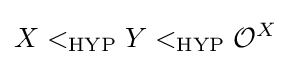
X<_{\text{HYP}}Y<_{\text{HYP}}{\mathcal {O}}^{X}